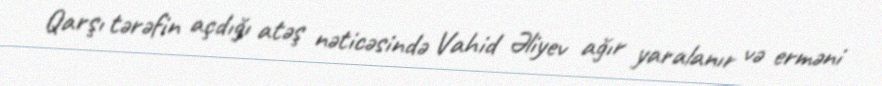
Qarşı tərəfin açdığı atəş nəticəsində Vahid Əliyev ağır yaralanır və erməni